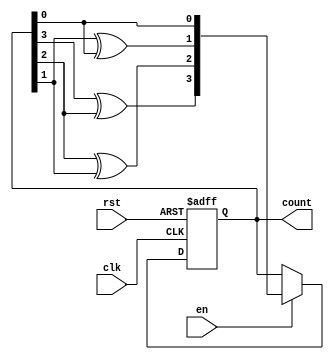
module GrayCounter (
    input wire clk,
    input wire rst,
    input wire en,
    output reg [3:0] count
);

reg [3:0] next_count;

always @(posedge clk or posedge rst) begin
    if (rst) begin
        count <= 4'b0000;
    end else begin
        if (en) begin
            count <= next_count;
        end
    end
end

always @(count) begin
    next_count[3] = count[3]^count[2];
    next_count[2] = count[2]^count[1];
    next_count[1] = count[1]^count[0];
    next_count[0] = count[0];
end

endmodule